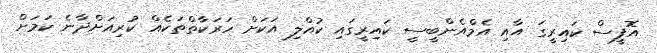
އޮފީސް ކައިރީގަ އާއި އެމްއެންބީސީ ކައިރީގައި ކުއްލި އަކަށް ހަރަކާތްތަކެއް ކުރިއަށްދާނެ ކަމަށް